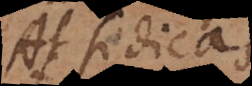
At si dicas